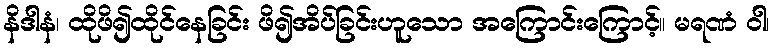
နိဒါနံ၊ ထိုဖိ၍ထိုင်နေခြင်း ဖိ၍အိပ်ခြင်းဟူသော အကြောင်းကြောင့်။ မရဏံ ဝါ၊